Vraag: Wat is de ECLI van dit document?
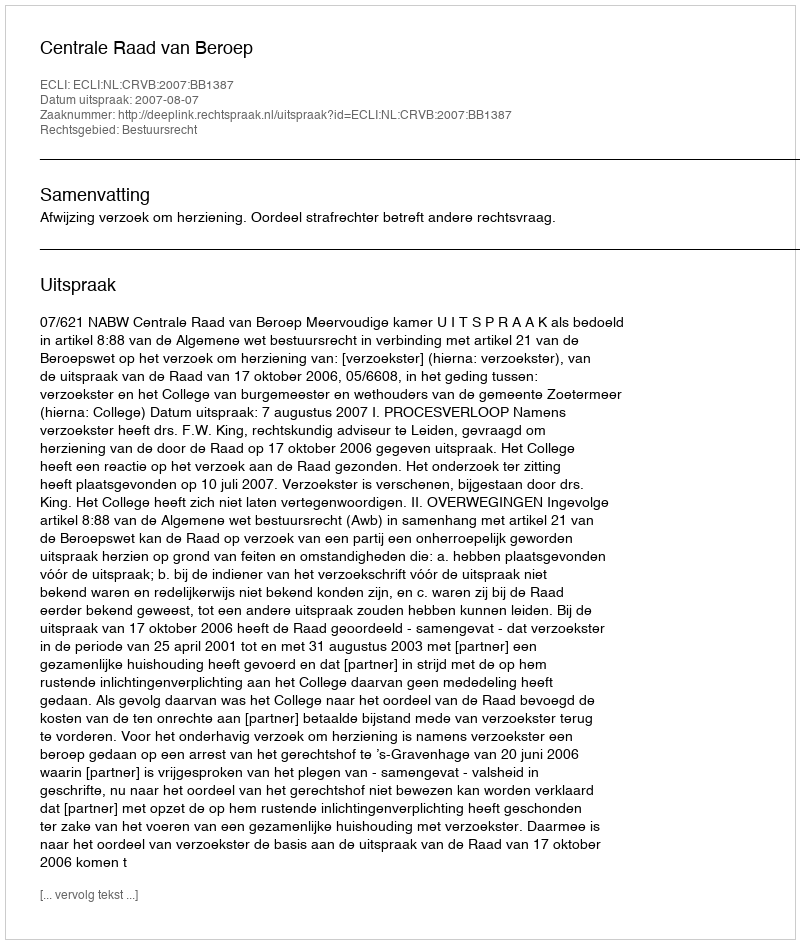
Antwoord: ECLI:NL:CRVB:2007:BB1387